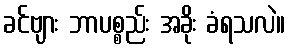
ခင်ဗျား ဘာပစ္စည်း အခိုး ခံရသလဲ။